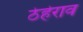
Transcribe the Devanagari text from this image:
ठेहेराव